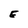
Character: E